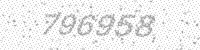
Solution: 796958